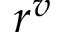
r ^ { v }